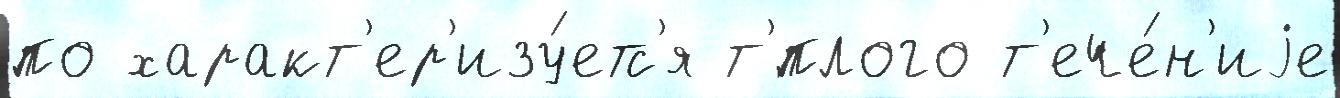
по характ'ер'изу́етс'я т'́плого т'ече́н'иjе